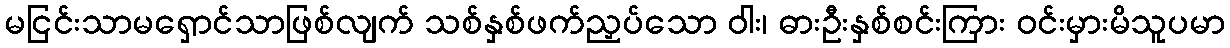
မငြင်းသာမရှောင်သာဖြစ်လျက် သစ်နှစ်ဖက်ညှပ်သော ဝါး၊ ဓားဦးနှစ်စင်းကြား ဝင်းမှားမိသူပမာ